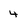
Character: 4